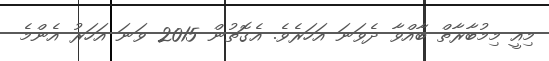
މިއީ މިމުބާރާތް ބާއްވާ ދެވަނަ އަހަރެވެ. އެގޮތުން 2015 ވަނަ އަހަރު އެންމެ